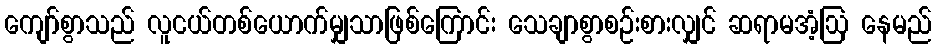
ကျော်စွာသည် လူငယ်တစ်ယောက်မျှသာဖြစ်ကြောင်း သေချာစွာစဉ်းစားလျှင် ဆရာမအံ့ဩ နေမည်